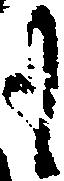
も